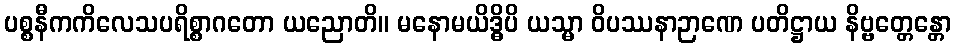
ပစ္စနီကကိလေသပရိစ္စာဂတော ယညောတိ။ မနောမယိဒ္ဓိပိ ယသ္မာ ဝိပဿနာဉာဏေ ပတိဋ္ဌာယ နိဗ္ဗတ္တေန္တော